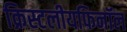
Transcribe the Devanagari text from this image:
क्रिस्टलीयफिनॉल